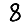
Digit: 8